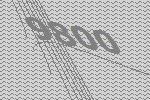
9800